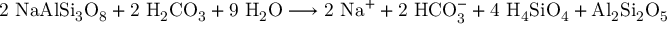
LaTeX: \mathrm { 2 \ N a A l S i _ { 3 } O _ { 8 } + 2 \ H _ { 2 } C O _ { 3 } + 9 \ H _ { 2 } O \longrightarrow 2 \ N a ^ { + } + 2 \ H C O _ { 3 } ^ { - } + 4 \ H _ { 4 } S i O _ { 4 } + A l _ { 2 } S i _ { 2 } O _ { 5 } ( O H ) _ { 4 } }